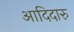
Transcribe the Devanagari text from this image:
आदिदारु